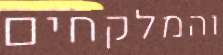
והמלקחים